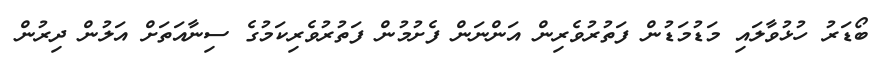
ބޯޑަރު ހުޅުވާލައި މަޑުމަޑުން ފަތުރުވެރިން އަންނަން ފެށުމުން ފަތުރުވެރިކަމުގެ ސިނާއަތަށް އަލުން ދިރުން